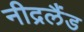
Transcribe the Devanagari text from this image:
नीद्रलैंड